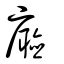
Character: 廳